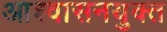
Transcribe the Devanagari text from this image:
आश्वासनयुक्त